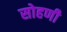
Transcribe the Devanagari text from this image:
सोहणी